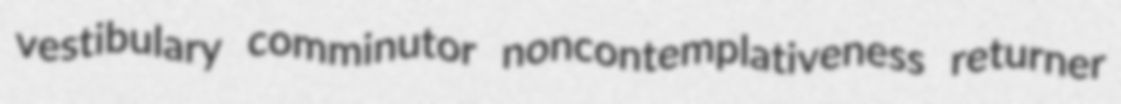
vestibulary comminutor noncontemplativeness returner